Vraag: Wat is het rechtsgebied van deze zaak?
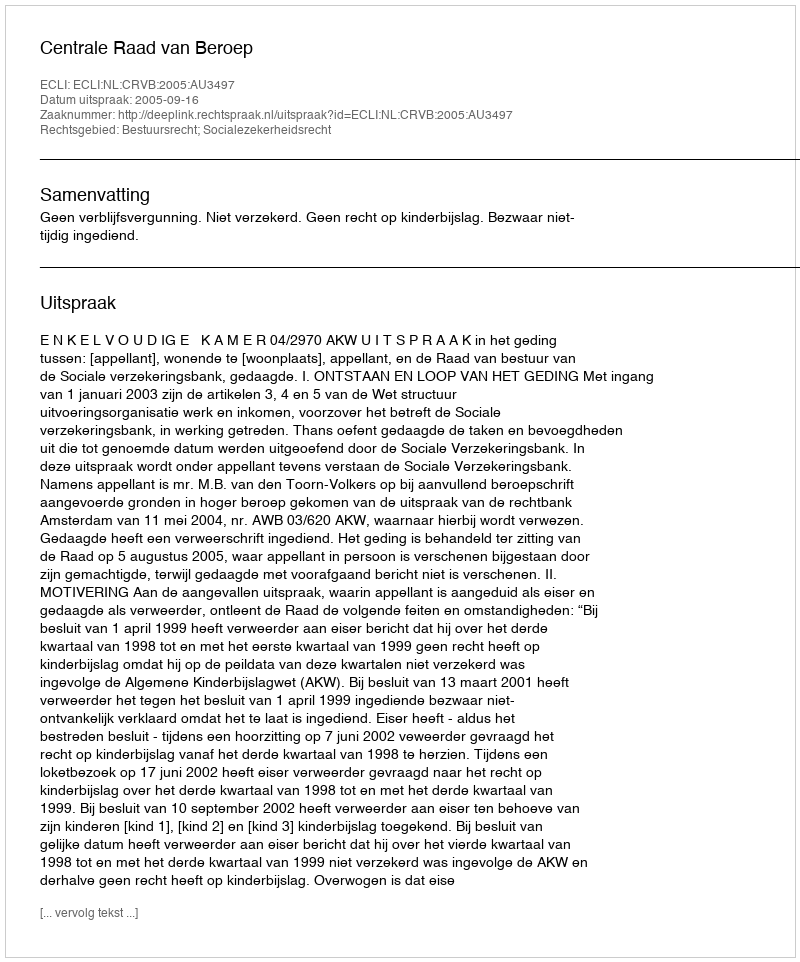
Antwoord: Bestuursrecht; Socialezekerheidsrecht